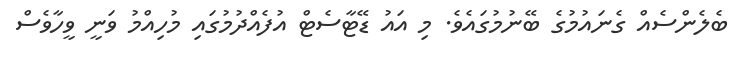
ބެލެންސެއް ގެނައުމުގެ ބޭނުމުގައެވެ. މި އައު ޑޭޓާސެޓް އުފެއްދުމުގައި މުހިއްމު ވަނީ ވީހާވެސް